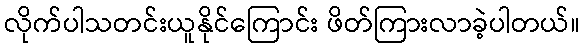
လိုက်ပါသတင်းယူနိုင်ကြောင်း ဖိတ်ကြားလာခဲ့ပါတယ်။